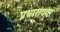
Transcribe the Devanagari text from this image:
प्रभाराववर